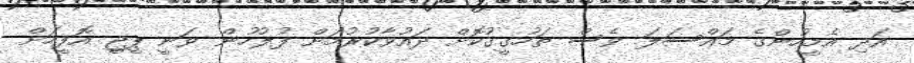
އަދި އެމީހުންގެ މައްސަލަ ވެސް ތަހުގީގުކޮށް ދައުވާކުރުމަށް ފުލުހުން ވަނީ ޕީޖީ އޮފީހަށް